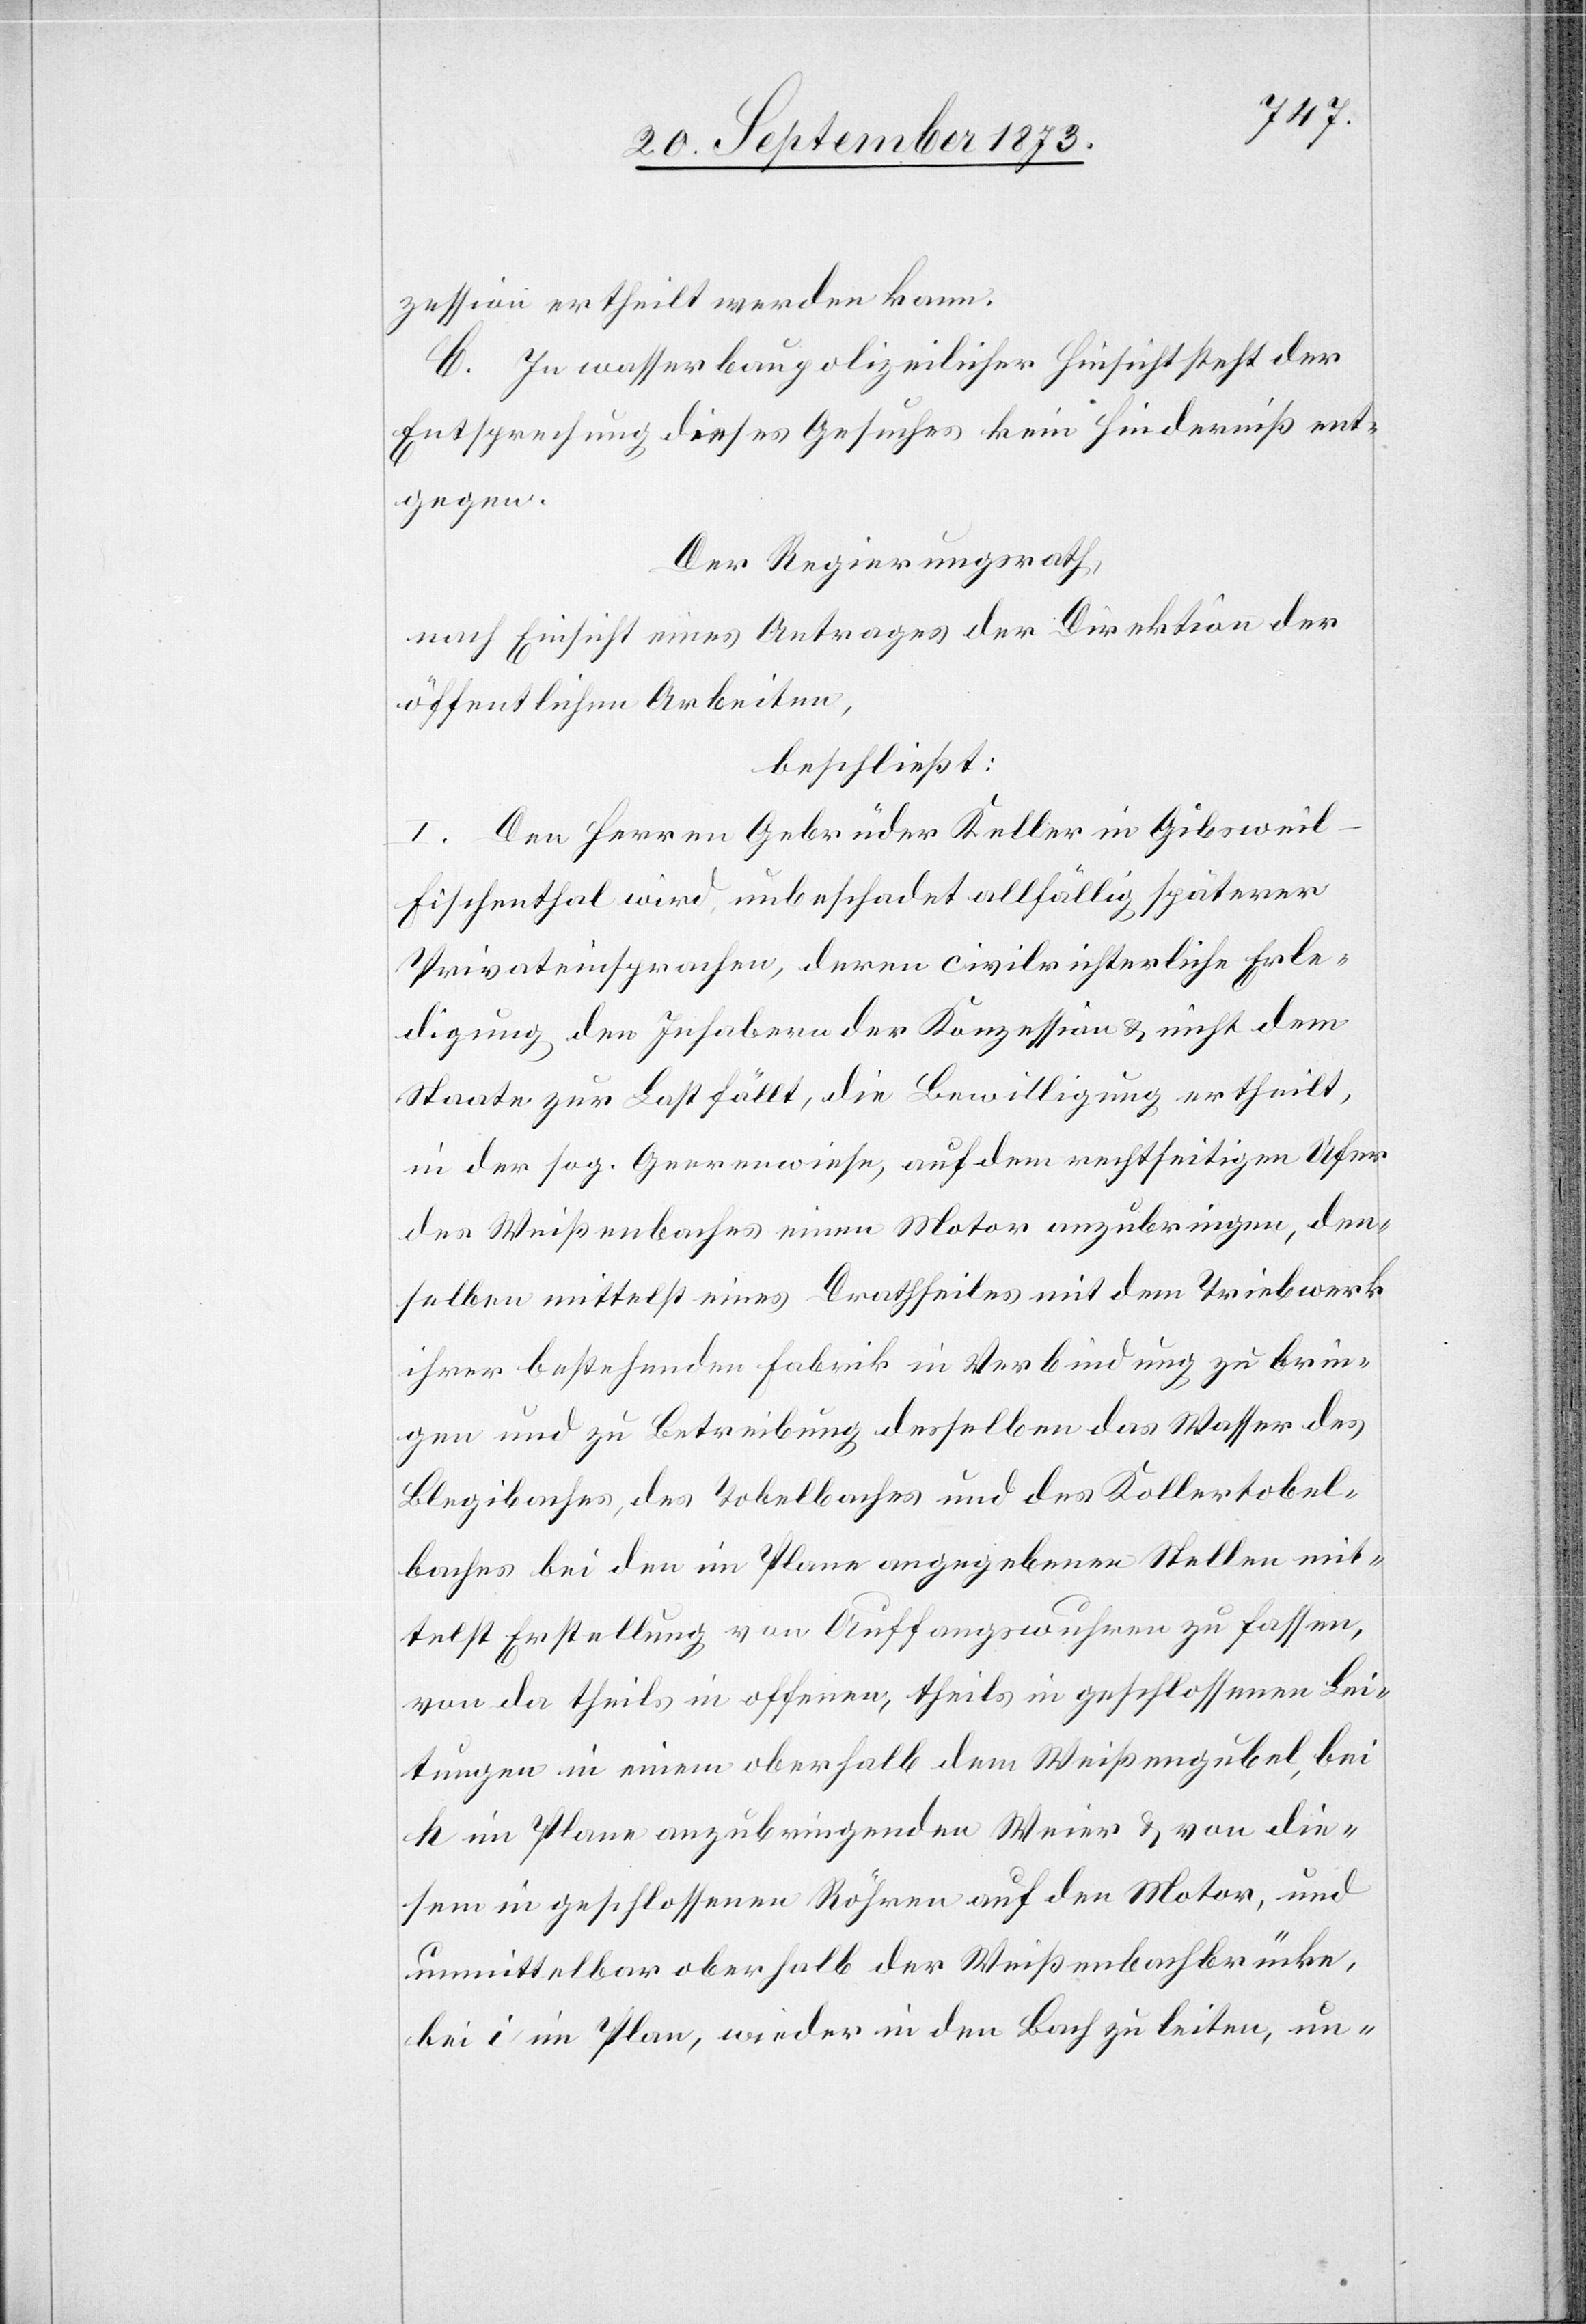
zession ertheilt werden kann.
C. In wasserbaupolizeilicher Hinsicht steht der
Entsprechung dieses Gesuches kein Hinderniß ent¬
gegen.
Der Regierungsrath,
nach Einsicht eines Antrages der Direktion der
öffentlichen Arbeiten,
beschließt:
I. Den Herren Gebrüder Keller in Gibsweil
Fischenthal wird, unbeschadet allfällig späterer
Privateinsprachen, deren civilrichterliche Erle¬
digung den Inhabern der Konzession & nicht dem
Staate zur Last fällt, die Bewilligung ertheilt,
in der sog. Geerenwiese, auf dem rechtseitigen Ufer
des Weißenbaches einen Motor anzubringen, den¬
selben mittelst eines Drathseiles mit dem Triebwerk
ihrer bestehenden Fabrik in Verbindung zu brin¬
gen und zu Betreibung desselben das Wasser des
Blegibaches, des Tobelbaches und des Kollertobel¬
baches [sic!] bei den im Plane angegebenen Stellen mit¬
telst Erstellung von Auffangswuhren zu fassen,
von da theils in offenen, theils in geschlossenen Lei¬
tungen in einem oberhalb dem Weißengubel, bei
h im Plane anzubringenden Weier & von die¬
sem in geschlossenen Röhren auf den Motor, und
unmittelbar oberhalb der Weißenbachbrücke,
bei i im Plan, wieder in den Bach zu leiten, un-